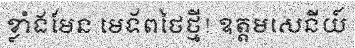
ខ្លាំងមែន មេទ័ពថៃថ្មី! ឧត្តមសេនីយ៍